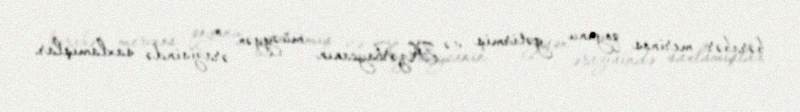
bərabər merinos qoyunu gətirmiş və Azərbaycanın müəyyən ərazisində saxlamışlar.